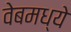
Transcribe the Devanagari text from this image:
वेबमध्ये